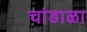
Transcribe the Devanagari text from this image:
चांडाळा